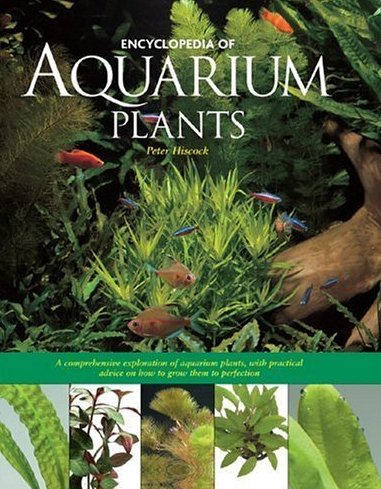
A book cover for Encyclopedia of Aquarium Plants; Peter Hiscock; Crafts, Hobbies & Home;